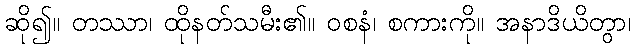
ဆို၍။ တဿာ၊ ထိုနတ်သမီး၏။ ဝစနံ၊ စကားကို။ အနာဒိယိတွာ၊